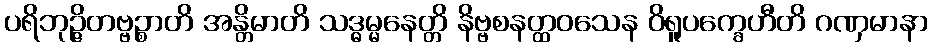
ပရိဘုဉ္ဇိတဗ္ဗဉ္စာတိ အန္တိမာတိ သဒ္ဓမ္မနေတ္တိ နိဗ္ဗစနတ္ထဝသေန ဝိရူပက္ခေဟီတိ ဂဏှမာနာ